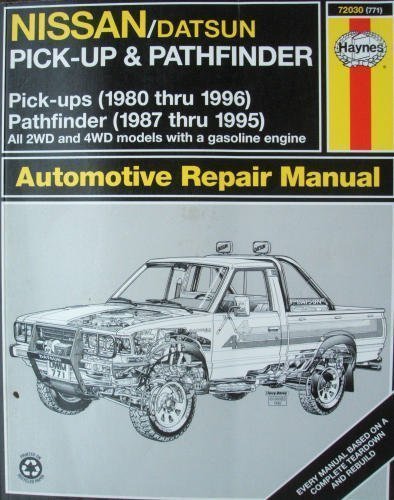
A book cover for Nissan Pick-Ups Automotive Repair Manual: Nissan/Datsun Pickups 1980 Through 1996/Pathfinder 1987 Through 1995 (Hayne's Automotive Repair Manual); Rik Paul; Engineering & Transportation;